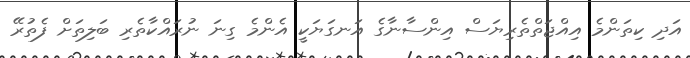
އަދި ކިތަންމެ އިއްޖަތްތެރިޔަސް އިންސާނާގެ އަަނގަޔަކީ އެންމެ ގިނަ ނުރައްކާތެރި ބަލިތަށް ފެތުރޭ